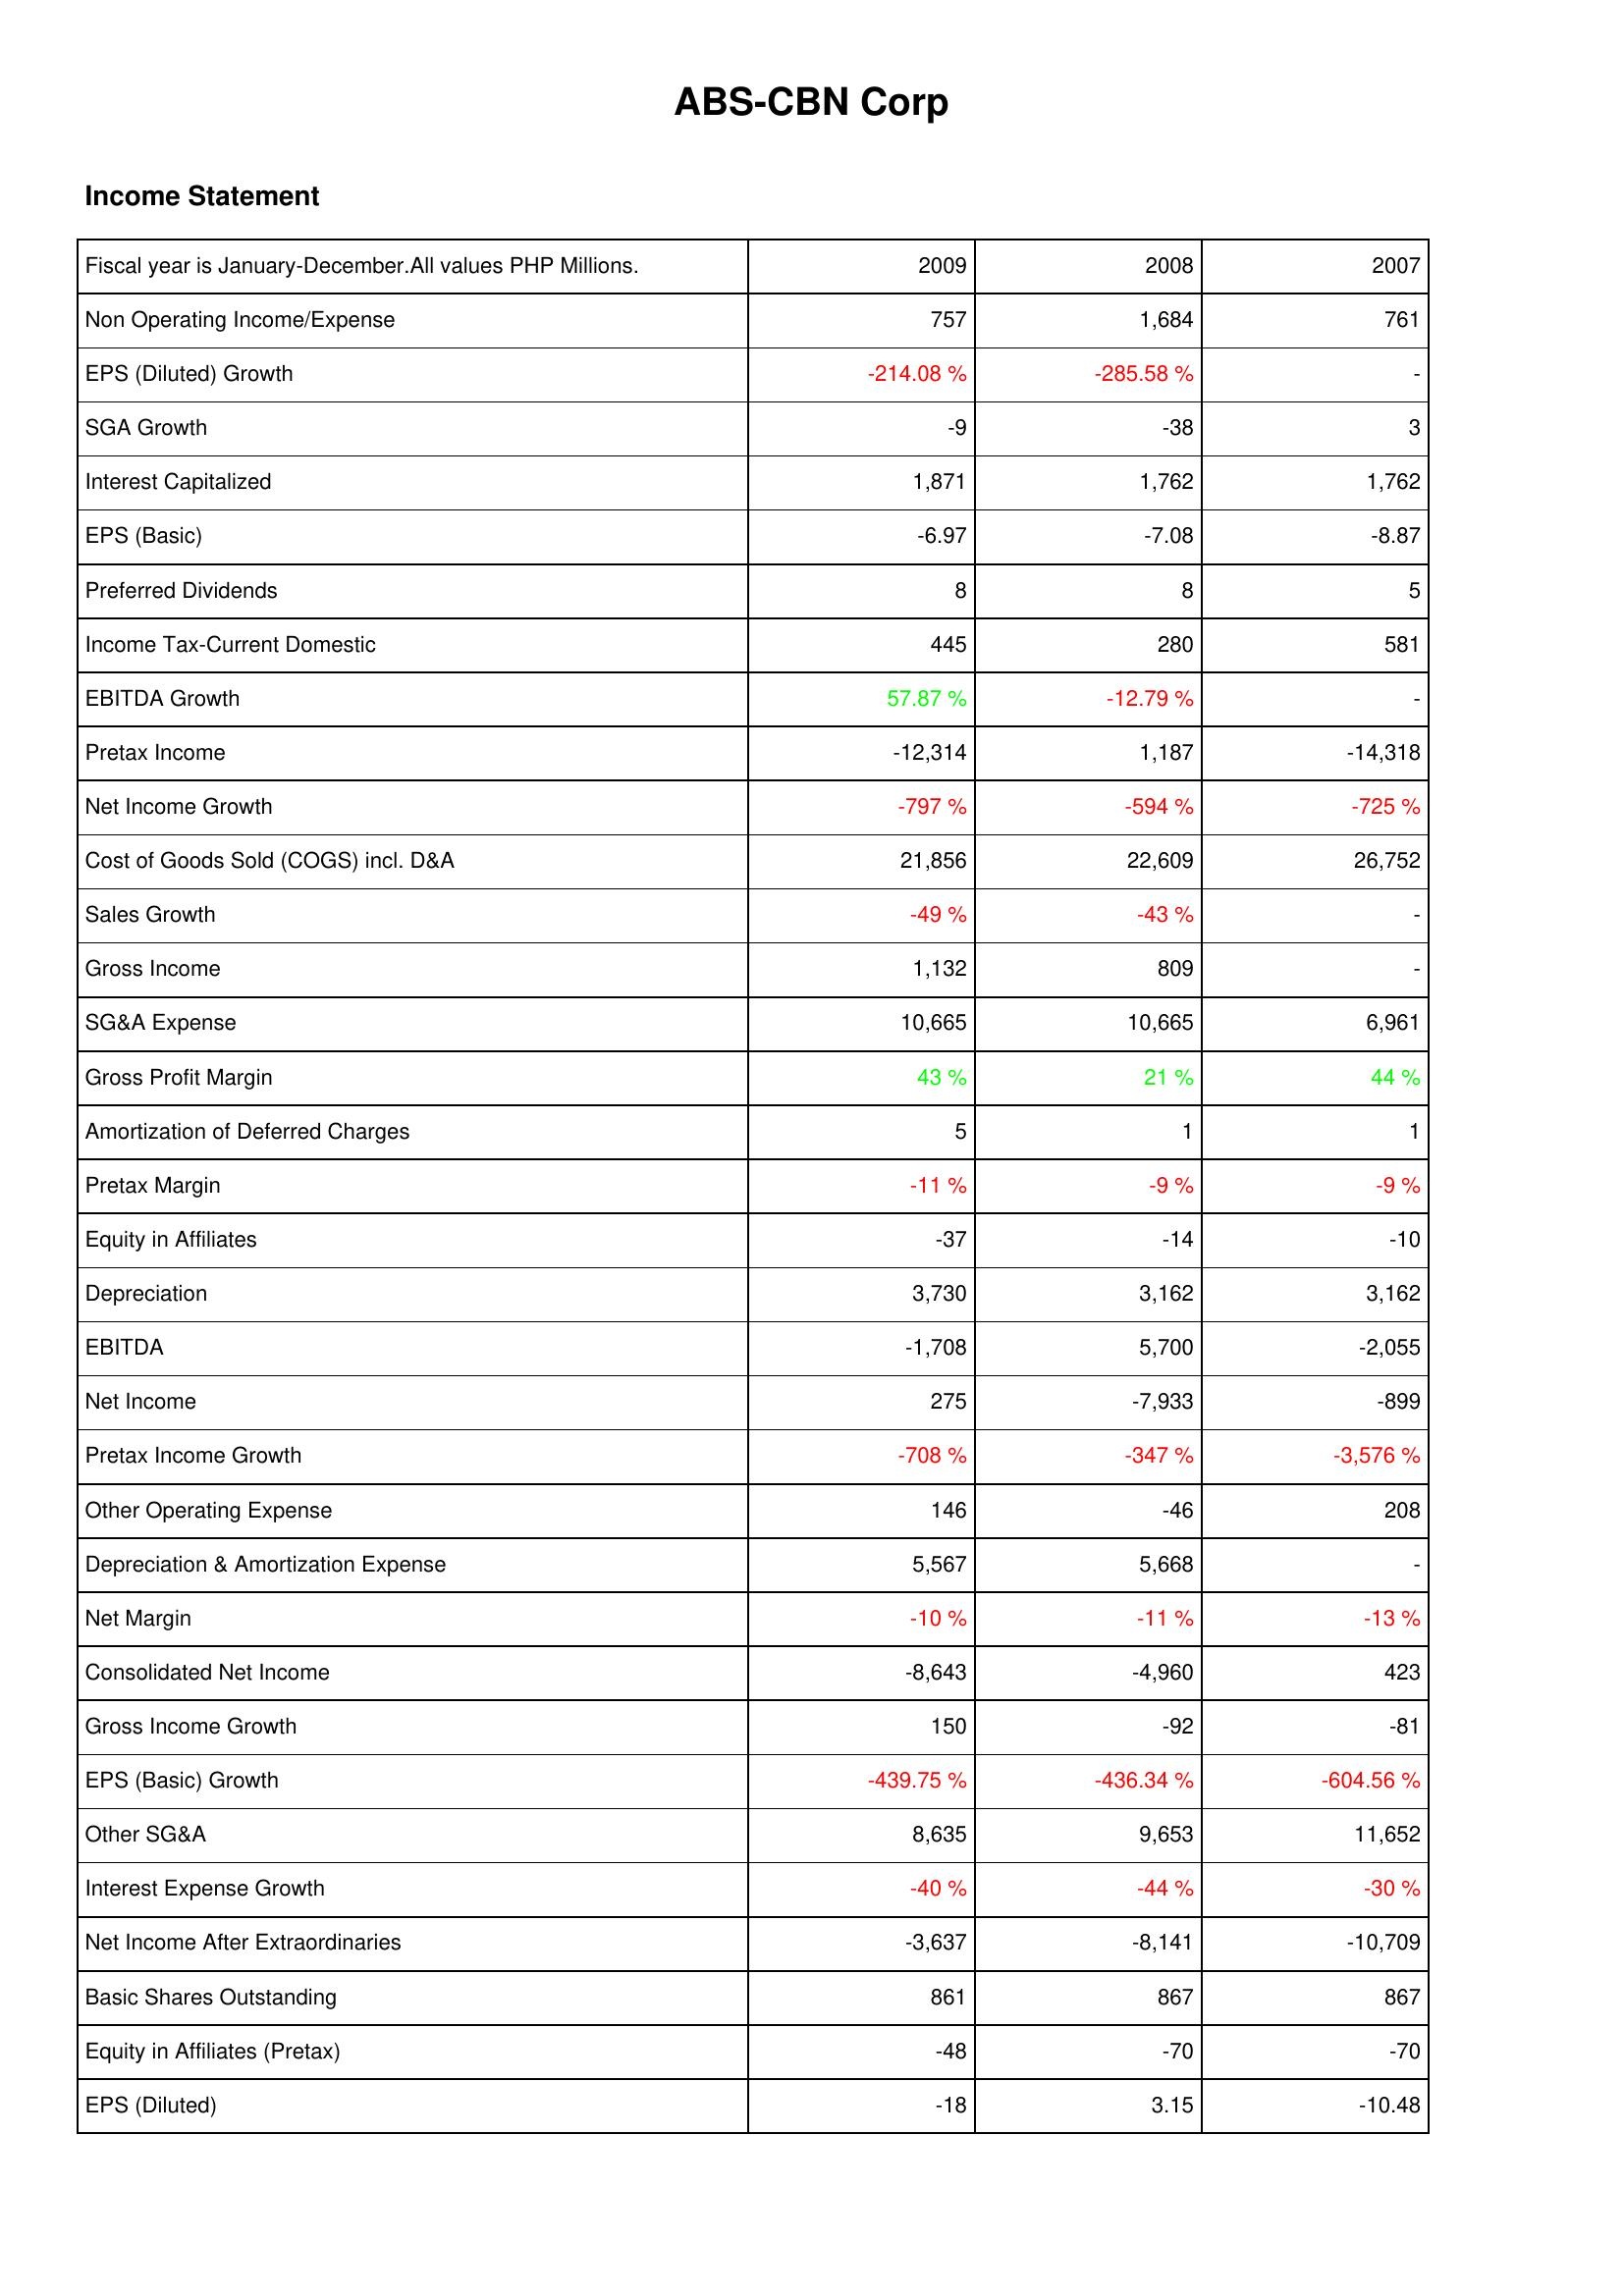
2009: Income Statement: Non Operating Income/Expense: 757
EPS (Diluted) Growth: -214.08 %
SGA Growth: -9
Interest Capitalized: 1,871
EPS (Basic): -6.97
Preferred Dividends: 8
Income Tax-Current Domestic: 445
EBITDA Growth: 57.87 %
Pretax Income: -12,314
Net Income Growth: -797 %
Cost of Goods Sold (COGS) incl. D&A: 21,856
Sales Growth: -49 %
Gross Income: 1,132
SG&A Expense: 10,665
Gross Profit Margin: 43 %
Amortization of Deferred Charges: 5
Pretax Margin: -11 %
Equity in Affiliates: -37
Depreciation: 3,730
EBITDA: -1,708
Net Income: 275
Pretax Income Growth: -708 %
Other Operating Expense: 146
Depreciation & Amortization Expense: 5,567
Net Margin: -10 %
Consolidated Net Income: -8,643
Gross Income Growth: 150
EPS (Basic) Growth: -439.75 %
Other SG&A: 8,635
Interest Expense Growth: -40 %
Net Income After Extraordinaries: -3,637
Basic Shares Outstanding: 861
Equity in Affiliates (Pretax): -48
EPS (Diluted): -18
2008: Income Statement: Non Operating Income/Expense: 1,684
EPS (Diluted) Growth: -285.58 %
SGA Growth: -38
Interest Capitalized: 1,762
EPS (Basic): -7.08
Preferred Dividends: 8
Income Tax-Current Domestic: 280
EBITDA Growth: -12.79 %
Pretax Income: 1,187
Net Income Growth: -594 %
Cost of Goods Sold (COGS) incl. D&A: 22,609
Sales Growth: -43 %
Gross Income: 809
SG&A Expense: 10,665
Gross Profit Margin: 21 %
Amortization of Deferred Charges: 1
Pretax Margin: -9 %
Equity in Affiliates: -14
Depreciation: 3,162
EBITDA: 5,700
Net Income: -7,933
Pretax Income Growth: -347 %
Other Operating Expense: -46
Depreciation & Amortization Expense: 5,668
Net Margin: -11 %
Consolidated Net Income: -4,960
Gross Income Growth: -92
EPS (Basic) Growth: -436.34 %
Other SG&A: 9,653
Interest Expense Growth: -44 %
Net Income After Extraordinaries: -8,141
Basic Shares Outstanding: 867
Equity in Affiliates (Pretax): -70
EPS (Diluted): 3.15
2007: Income Statement: Non Operating Income/Expense: 761
EPS (Diluted) Growth: -
SGA Growth: 3
Interest Capitalized: 1,762
EPS (Basic): -8.87
Preferred Dividends: 5
Income Tax-Current Domestic: 581
EBITDA Growth: -
Pretax Income: -14,318
Net Income Growth: -725 %
Cost of Goods Sold (COGS) incl. D&A: 26,752
Sales Growth: -
Gross Income: -
SG&A Expense: 6,961
Gross Profit Margin: 44 %
Amortization of Deferred Charges: 1
Pretax Margin: -9 %
Equity in Affiliates: -10
Depreciation: 3,162
EBITDA: -2,055
Net Income: -899
Pretax Income Growth: -3,576 %
Other Operating Expense: 208
Depreciation & Amortization Expense: -
Net Margin: -13 %
Consolidated Net Income: 423
Gross Income Growth: -81
EPS (Basic) Growth: -604.56 %
Other SG&A: 11,652
Interest Expense Growth: -30 %
Net Income After Extraordinaries: -10,709
Basic Shares Outstanding: 867
Equity in Affiliates (Pretax): -70
EPS (Diluted): -10.48